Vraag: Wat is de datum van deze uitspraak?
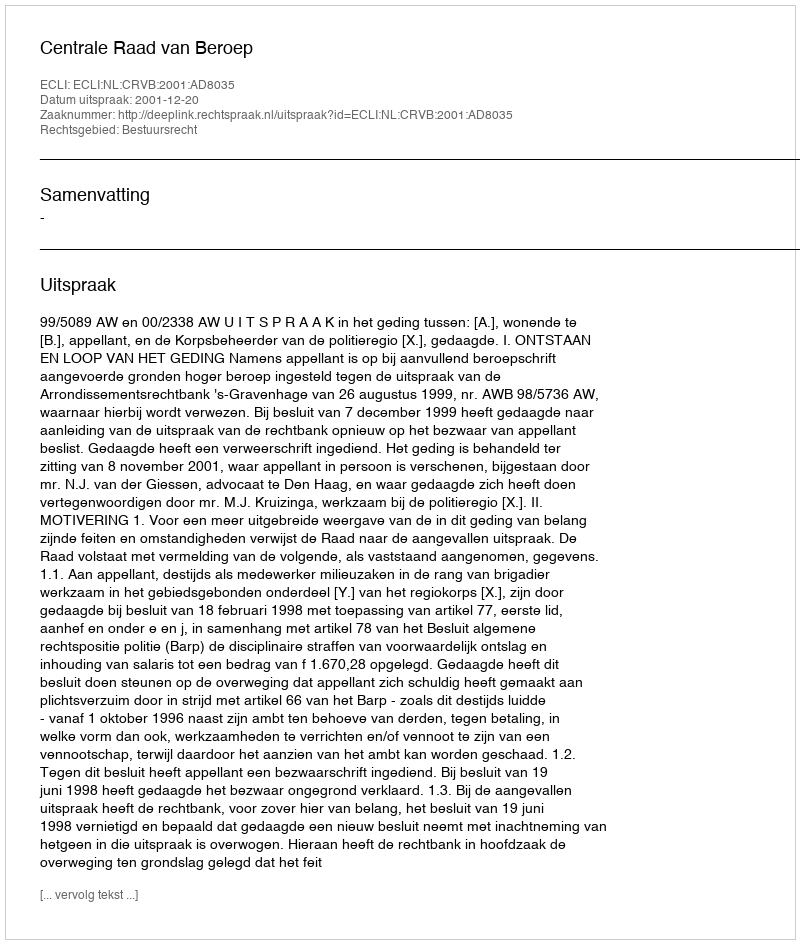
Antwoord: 2001-12-20